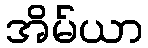
အိမ်ယာ